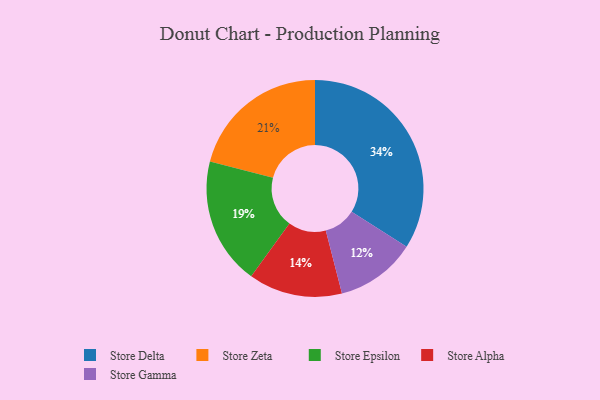
{"axis": {"x": "Category", "y": "Percentage"}, "legend": ["Store Alpha", "Store Delta", "Store Epsilon", "Store Gamma", "Store Zeta"], "data": [{"x": "Store Alpha", "y": 14, "type": "Store Alpha"}, {"x": "Store Gamma", "y": 12, "type": "Store Gamma"}, {"x": "Store Zeta", "y": 21, "type": "Store Zeta"}, {"x": "Store Delta", "y": 34, "type": "Store Delta"}, {"x": "Store Epsilon", "y": 19, "type": "Store Epsilon"}]}